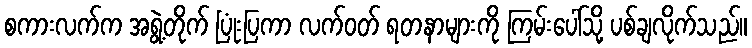
စကားလက်က အရွဲ့တိုက် ပြုံးပြကာ လက်ဝတ် ရတနာများကို ကြမ်းပေါ်သို့ ပစ်ချလိုက်သည်။